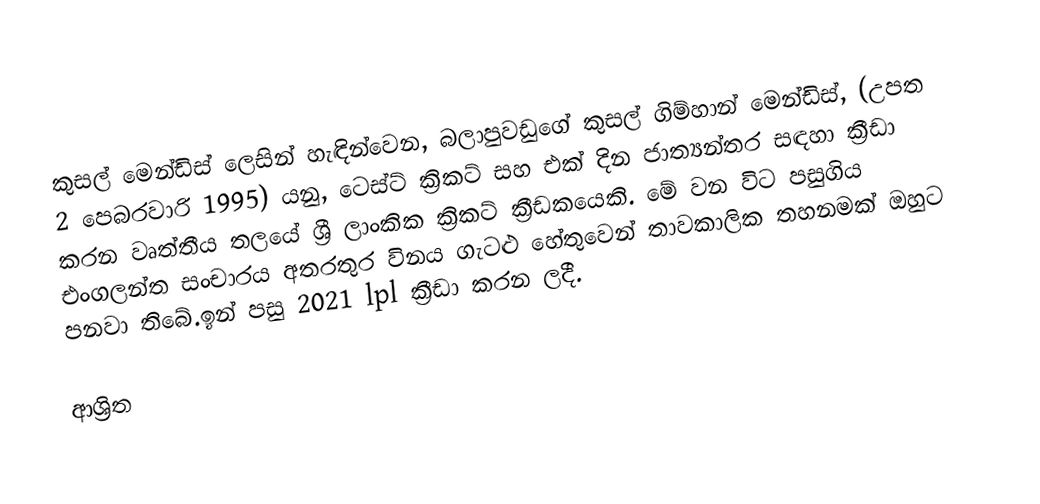
කුසල් මෙන්ඩිස් ලෙසින් හැඳින්වෙන,  බලාපුවඩුගේ කුසල් ගිම්හාන් මෙන්ඩිස්, (උපත 2 පෙබරවාරි 1995) යනු,  ටෙස්ට් ක්‍රිකට් සහ එක් දින ජාත්‍යන්තර සඳහා ක්‍රීඩා කරන වෘත්තීය තලයේ ශ්‍රී ලාංකික ක්‍රිකට් ක්‍රීඩකයෙකි. මේ වන විට පසුගිය එංගලන්ත සංචාරය අතරතුර විනය ගැටළු හේතුවෙන් තාවකාලික තහනමක් ඔහුට පනවා තිබේ.ඉන් පසු 2021 lpl ක්‍රීඩා කරන ලදී.

ආශ්‍රිත